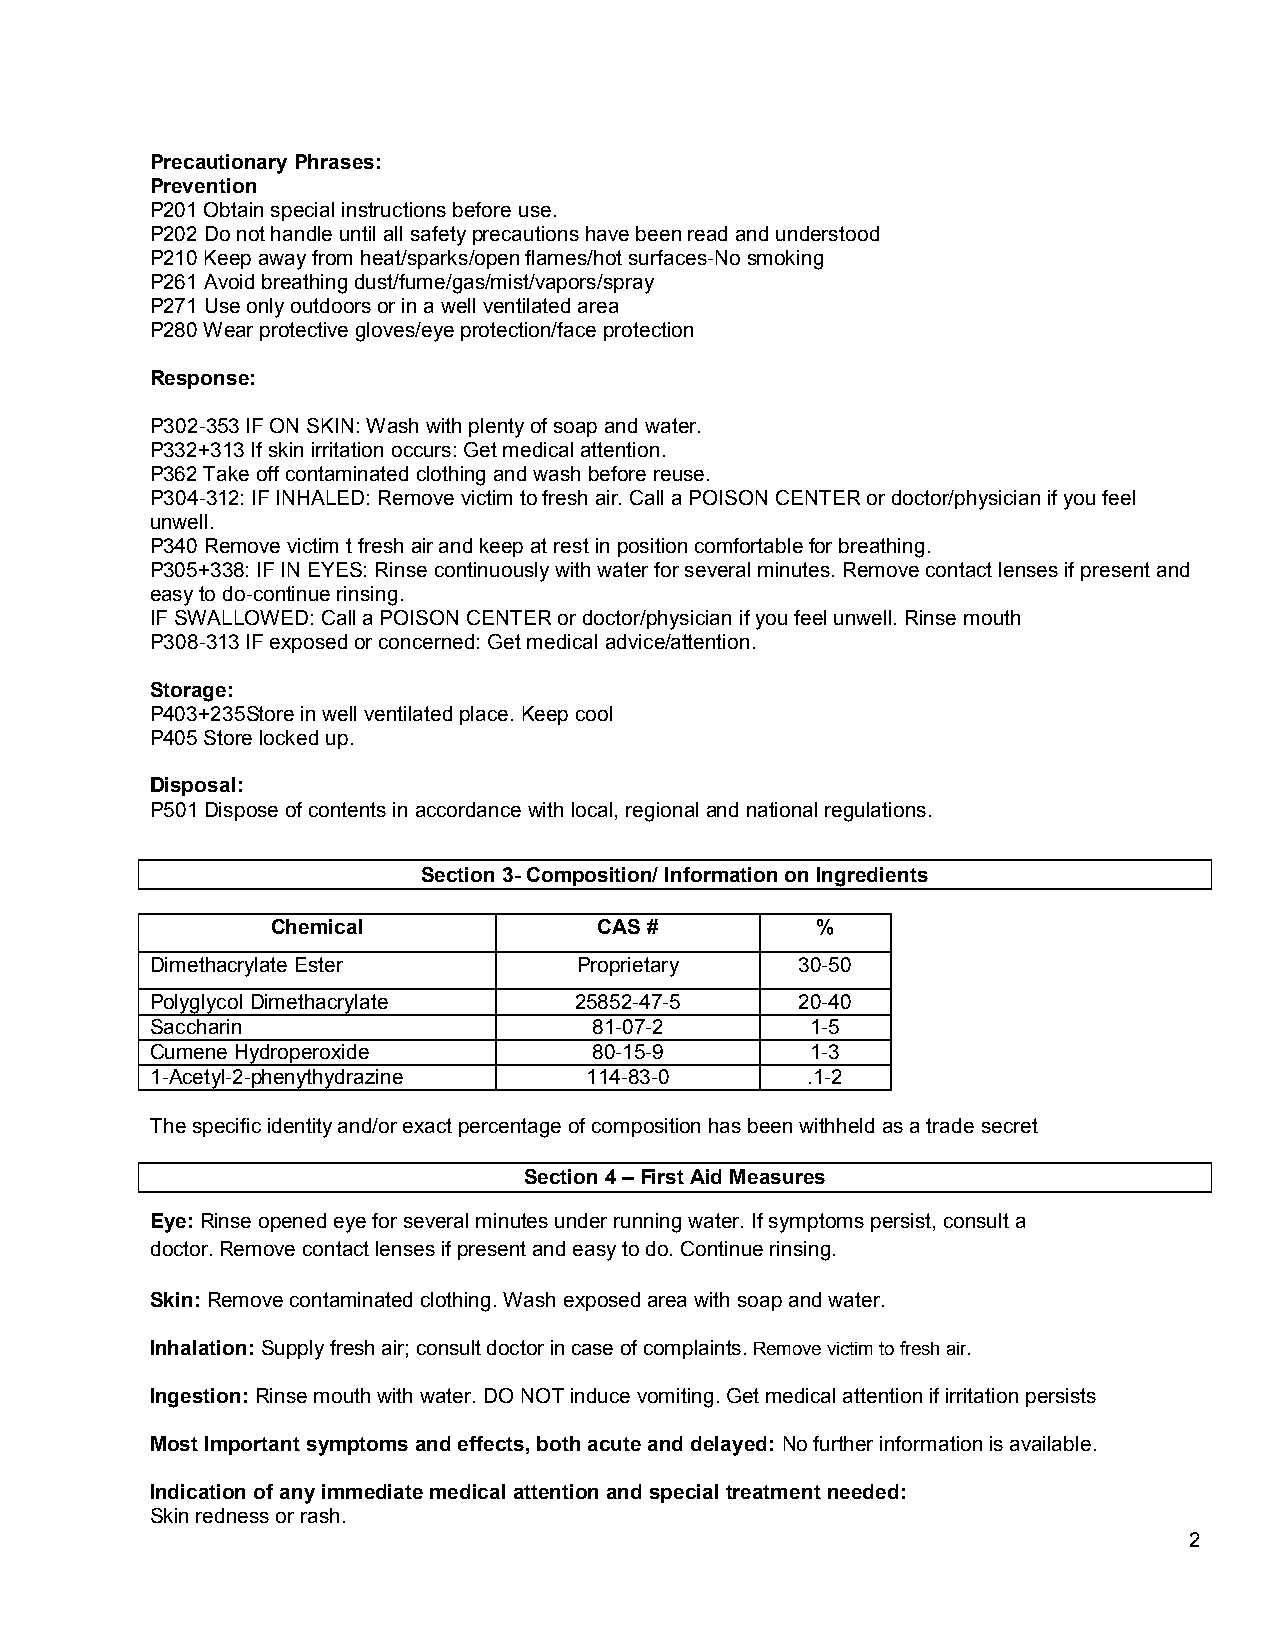
Precautionary Phrases:
 Prevention
 P201 Obtain special instructions before use.
 P202 Do not handle until all safety precautions have been read and understood
 P210 Keep away from heat/sparks/open flames/hot surfaces-No smoking
 P261 Avoid breathing dust/fume/gas/mist/vapors/spray
 P271 Use only outdoors or in a well ventilated area
 P280 Wear protective gloves/eye protection/face protection
 Response:
 P302-353 IF ON SKIN: Wash with plenty of soap and water.
 P332+313 If skin irritation occurs: Get medical attention.
 P362 Take off contaminated clothing and wash before reuse.
 P304-312: IF INHALED: Remove victim to fresh air. Call a POISON CENTER or doctor/physician if you feel
 unwell.
 P340 Remove victim t fresh air and keep at rest in position comfortable for breathing.
 P305+338: IF IN EYES: Rinse continuously with water for several minutes. Remove contact lenses if present and
 easy to do-continue rinsing.
 IF SWALLOWED: Call a POISON CENTER or doctor/physician if you feel unwell. Rinse mouth
 P308-313 IF exposed or concerned: Get medical advice/attention.
 Storage:
 P403+235Store in well ventilated place. Keep cool
 P405 Store locked up.
 Disposal:
 P501 Dispose of contents in accordance with local, regional and national regulations.
 Section 3- Composition/ Information on Ingredients
 Chemical              CAS #         %
 Dimethacrylate Ester        Proprietary    30-50
 Polyglycol Dimethacrylate   25852-47-5     20-40
 Saccharin                    81-07-2        1-5
 Cumene Hydroperoxide         80-15-9        1-3
 1-Acetyl-2-phenythydrazine   114-83-0      .1-2
 The specific identity and/or exact percentage of composition has been withheld as a trade secret
 Section 4 – First Aid Measures
 Eye: Rinse opened eye for several minutes under running water. If symptoms persist, consult a
 doctor. Remove contact lenses if present and easy to do. Continue rinsing.
 Skin: Remove contaminated clothing. Wash exposed area with soap and water.
 Inhalation: Supply fresh air; consult doctor in case of complaints. Remove victim to fresh air.
 Ingestion: Rinse mouth with water. DO NOT induce vomiting. Get medical attention if irritation persists
 Most Important symptoms and effects, both acute and delayed: No further information is available.
 Indication of any immediate medical attention and special treatment needed:
 Skin redness or rash.
 2